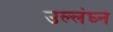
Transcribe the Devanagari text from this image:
उल्लंघ्न